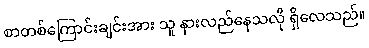
စာတစ်ကြောင်းချင်းအား သူ နားလည်နေသလို ရှိလေသည်။